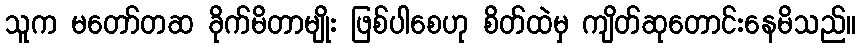
သူက မတော်တဆ ခိုက်မိတာမျိုး ဖြစ်ပါစေဟု စိတ်ထဲမှ ကျိတ်ဆုတောင်းနေမိသည်။